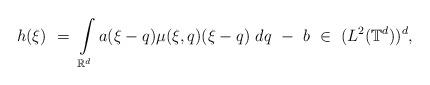
LaTeX: \begin{align*}h(\xi) \ = \ \int\limits_{\mathbb R^d} a (\xi-q) \mu (\xi, q ) (\xi - q ) \ dq \ - \ b \ \in \ (L^2(\mathbb T^d))^d,\end{align*}